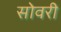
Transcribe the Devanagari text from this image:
सोवरी